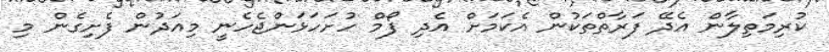
ކުރިމަތިލާން އެދޭ ފަރާތްތަކުން އެކަމަށް އެދި ފޯމް ހުށަހަޅަންޖެހެނީ މިއަދުން ފެށިގެން މި